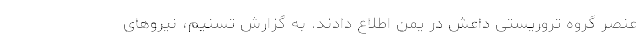
عنصر گروه تروریستی داعش در یمن اطلاع دادند. به گزارش تسنیم، نیروهای